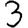
Digit: 3